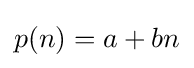
p(n)=a+bn